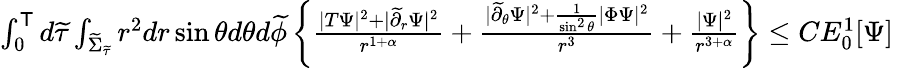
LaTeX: \begin{array}{r}{\int_{0}^{\mathsf{T}}d\widetilde{\tau}\int_{\widetilde{\Sigma}_{\widetilde{\tau}}}r^{2}dr\sin\theta d\theta d\widetilde{\phi}\left\{ \frac{|T\Psi|^{2}+|\widetilde{\partial}_{r}\Psi|^{2}}{r^{1+\alpha}}+\frac{|\widetilde{\partial}_{\theta}\Psi|^{2}+\frac{1}{\sin^{2}\theta}|\Phi\Psi|^{2}}{r^{3}}+\frac{|\Psi|^{2}}{r^{3+\alpha}}\right\} \leq CE_{0}^{1}[\Psi]\, }\end{array}